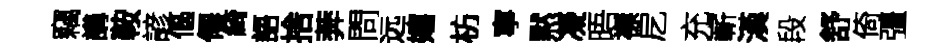
竊講鞍諺傴僊綺語捨莾問远嬉枋寧黙凝晤襟戹充嶄漢段舒倚彊